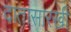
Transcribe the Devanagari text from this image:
दातासारखी